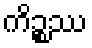
ကိဉ္စဿ